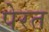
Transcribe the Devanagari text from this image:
पेरत